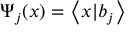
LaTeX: \Psi _ { j } ( x ) = \left\langle x | b _ { j } \right\rangle